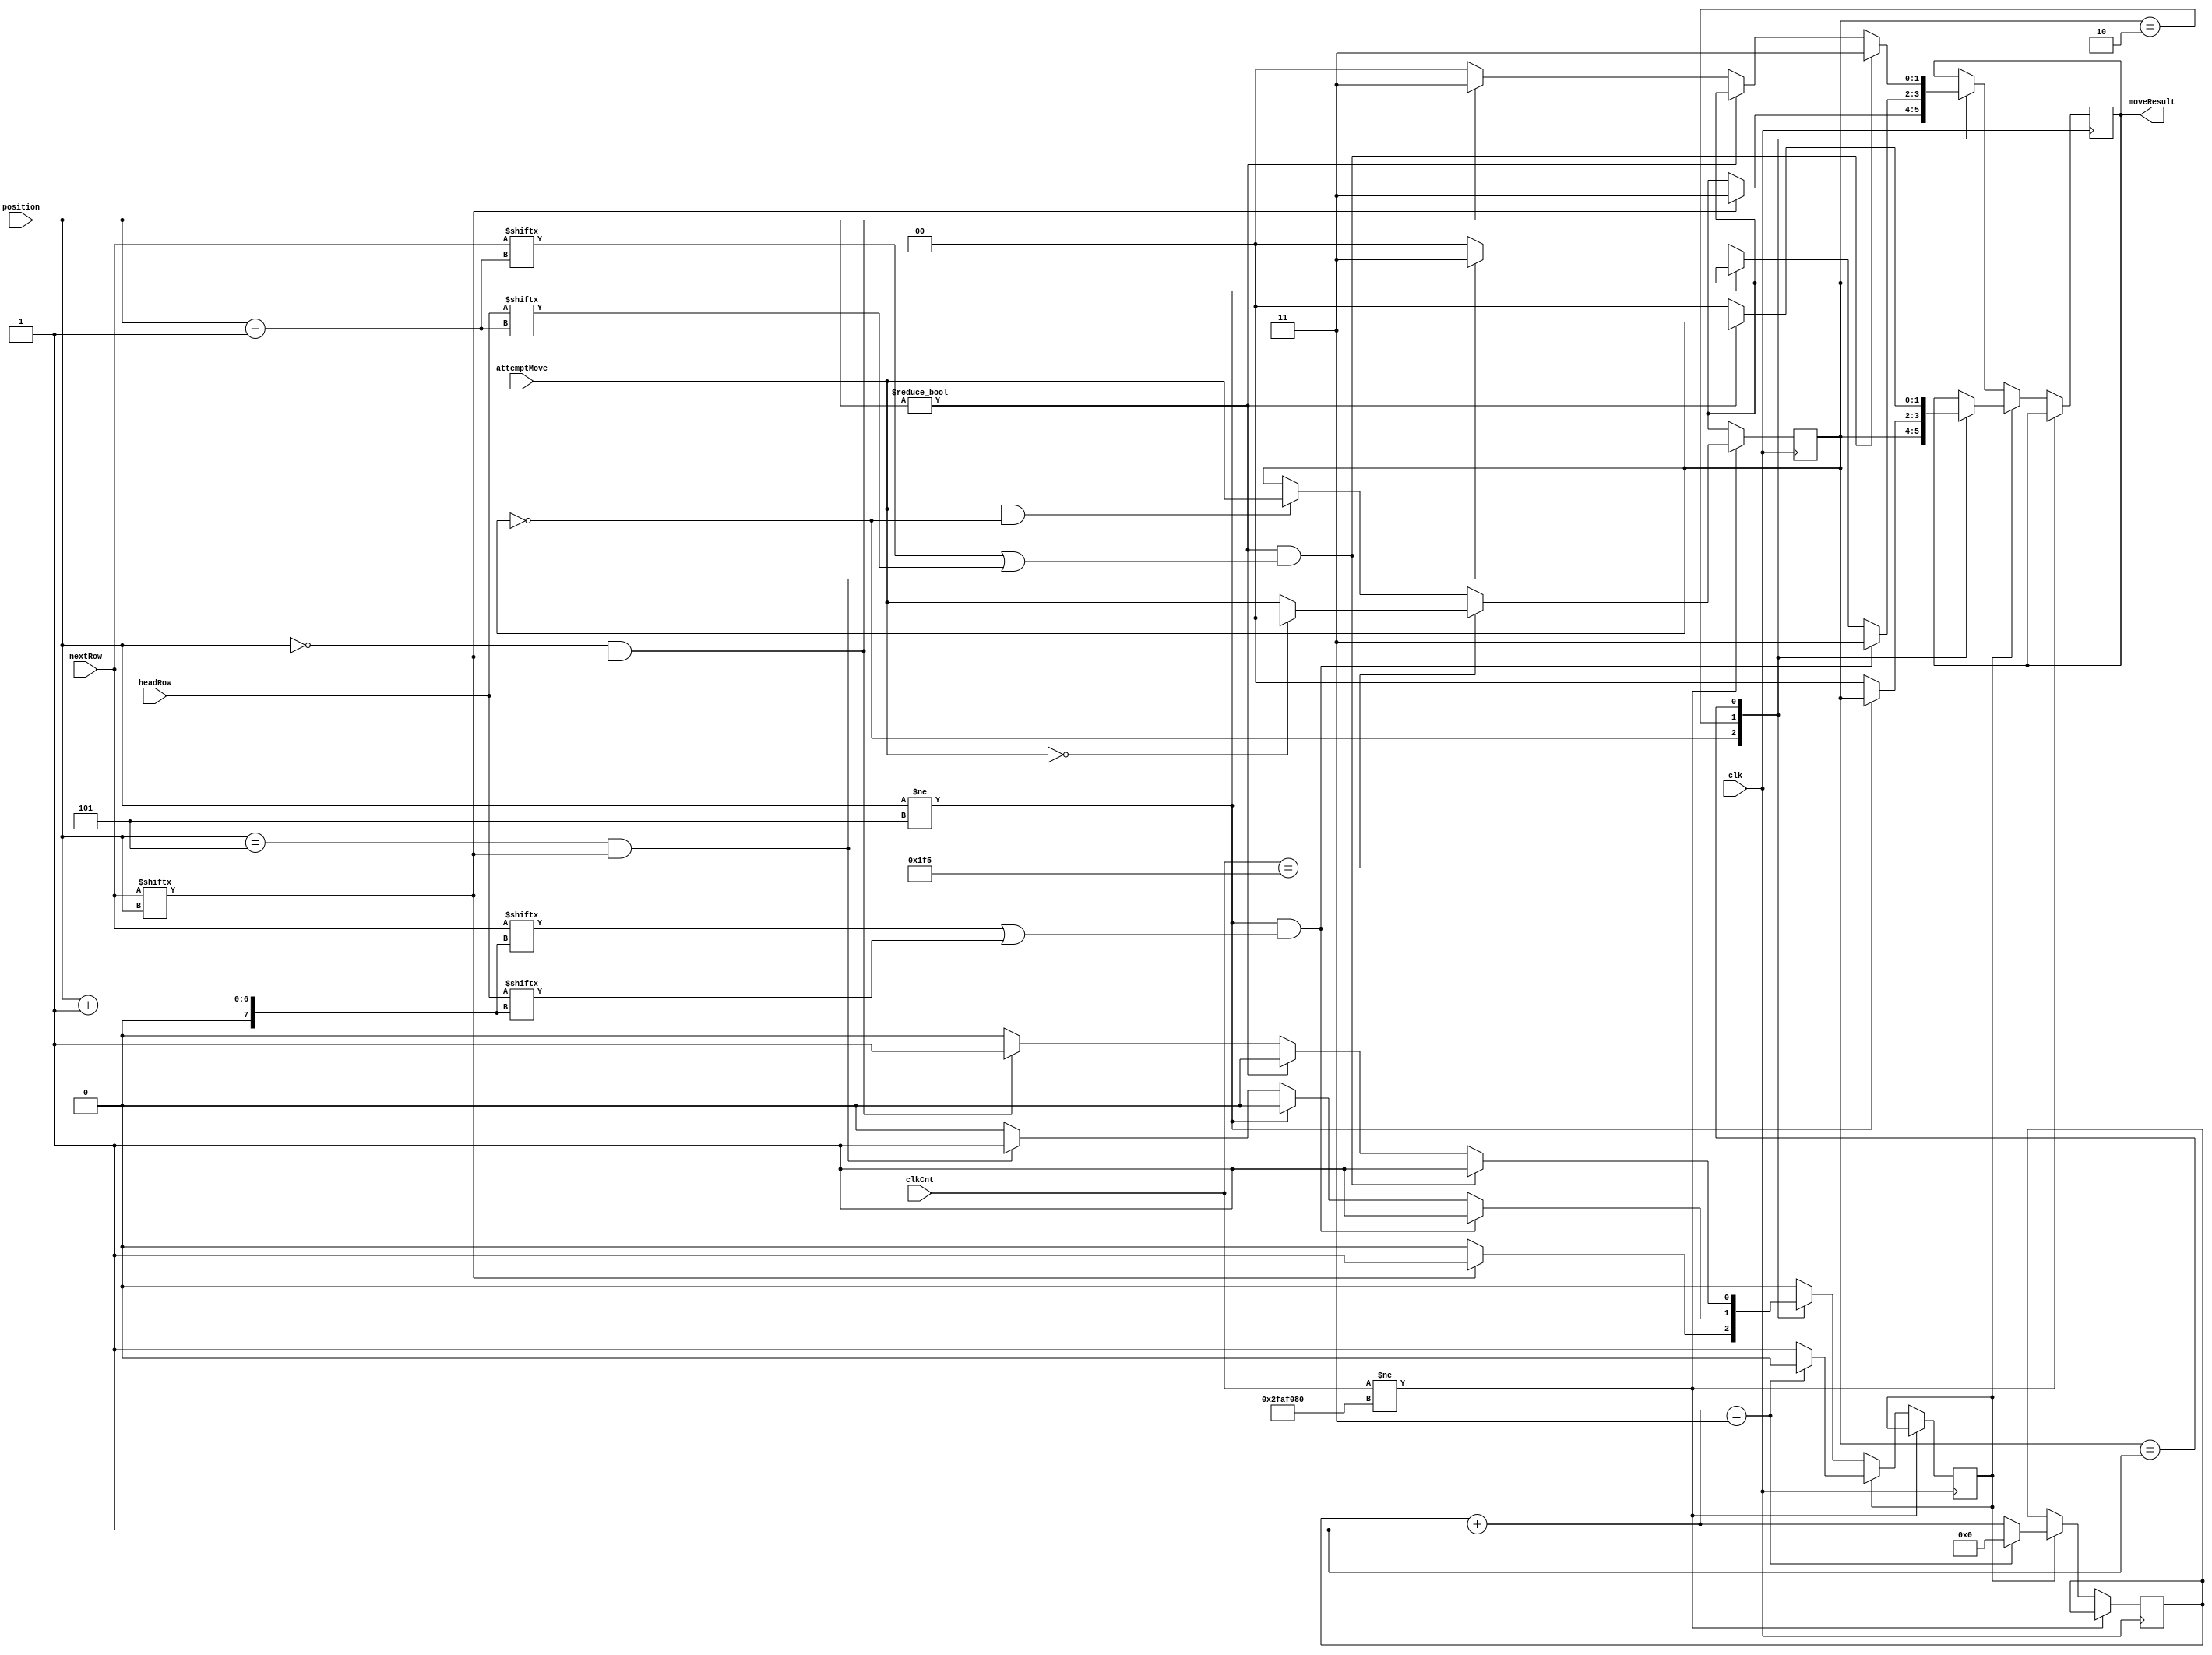
`timescale 1ns / 1ps

module moveCarImmunity (clk, clkCnt, nextRow, headRow, position, attemptMove, moveResult);
	input clk;
    input [31:0] clkCnt;
	input [5:0] nextRow, headRow;
	input [5:0] position;
	input [1:0] attemptMove;
	
	output reg [1:0] moveResult; // 0 = alive, 1 = dead
	
	
	reg immunity;
	reg [31:0] immuneCount;
	reg [1:0] moveInput;
	
	parameter immuneCycles = 3;	
	
	
	initial begin
	   moveResult <= 0;
	   immunity <= 0;
	   immuneCount <= 0;
	   moveInput <= 0;
   end
   
   
    always @ (posedge clk) begin
        if (clkCnt != ((100000000/2))) begin
            if (clkCnt == 501) begin
				//moveResult <= 0;
				if (!attemptMove) moveInput <= 0;
				else moveInput <= attemptMove;
            end
            else begin
                if (attemptMove && !moveInput) moveInput <= attemptMove;
            end
        end
        else begin
            if (immunity) begin 
                if ((immuneCount + 1) == immuneCycles) begin
                    immunity <= 0;
                    immuneCount <= 0;
                end
                else immuneCount <= immuneCount + 1;
                
                case (moveInput)
                    2'b00: begin // no move
                        moveResult <= moveInput;
                    end
                    2'b10: begin // move left
                        if (position != 5) moveResult <= moveInput; 
                        else moveResult <= 2'b00; 
                    end
                    2'b01: begin // move right
                        if (position != 0) moveResult <= moveInput; 
                        else moveResult <= 2'b00; 
                    end		
                endcase
            end
            else /* if (!immunity) */ begin 
                case (moveInput)
                    2'b00: begin // no move
                        if (nextRow[position]) begin
                            moveResult <= 2'b11; 
                            immunity <= 1;
                        end
                        else moveResult <= moveInput;
                    end
                    2'b10: begin // move left
                        if ((position != 5) && (nextRow[position + 1] || headRow[position + 1])) begin
                            moveResult <= 2'b11;
                            immunity <= 1;
                        end
                        else if (position != 5) moveResult <= moveInput;
                        else if(position == 5 && nextRow[position]) begin
                            moveResult <= 2'b11;
                            immunity <= 1;
                        end
                        else moveResult <= 2'b00; 
                    end
                    2'b01: begin // move right
                        if ((position != 0) && (nextRow[position - 1] || headRow[position - 1])) begin
                            moveResult <= 2'b11;
                            immunity <= 1;
                        end
                        else if (position != 0) moveResult <= moveInput; 
                        else if(position == 0  && nextRow[position]) begin 
                            moveResult <= 2'b11;
                            immunity <= 1;
                        end
                        else moveResult <= 2'b00; 
                    end		
                endcase
            end
        end
    end
    
//        if (clkCnt != 1000) begin
//			if (!clkCnt) begin
//				moveResult <= 0;
//				if (!attemptMove) moveInput <= 0;
//				else moveInput <= attemptMove;
//				clkCnt <= 1;
//			end
//			else begin 
//				if (attemptMove && !moveInput) moveInput <= attemptMove;
//				clkCnt <= clkCnt + 1;
//			end
//		end
//		else /*if (clkCnt == 100000000/2)*/ begin
//			clkCnt <= 0;
			
//		end

endmodule